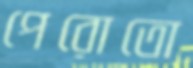
পেরোতো